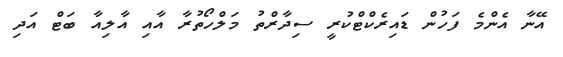
އޭނާ އެންމެ ފަހުން ޑައިރެކްޓްކުރީ ސިދާރްތު މަލްހޯތުރާ އާއި އާލިއާ ބަޓް އަދި